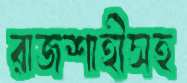
রাজশাহীসহ